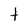
Character: t